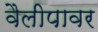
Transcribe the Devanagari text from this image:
वैलीपावर